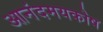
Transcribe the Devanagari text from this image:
आनंदमयकोष